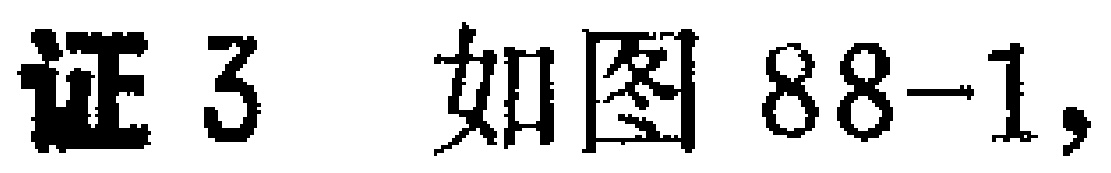
证 3 如图 88-1,